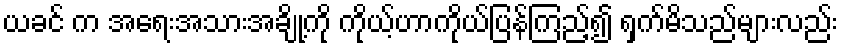
ယခင် က အရေးအသားအချို့ကို ကိုယ့်ဟာကိုယ်ပြန်ကြည့်၍ ရှက်မိသည်များလည်း